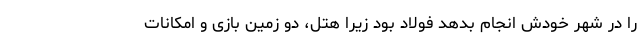
را در شهر خودش انجام بدهد فولاد بود زیرا هتل، دو زمین بازی و امکانات